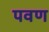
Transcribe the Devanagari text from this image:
पवण